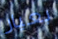
بعيار